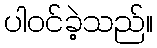
ပါဝင်ခဲ့သည်။